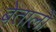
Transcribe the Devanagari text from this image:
बेतालो